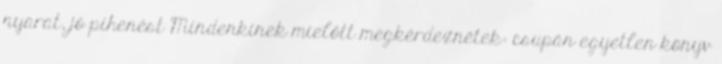
nyarat, jó pihenést Mindenkinek mielőtt megkérdeznétek: csupán egyetlen könyv